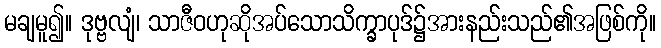
မချမူ၍။ ဒုဗ္ဗလျံ၊ သာဇီဝဟုဆိုအပ်သောသိက္ခာပုဒ်၌အားနည်းသည်၏အဖြစ်ကို။